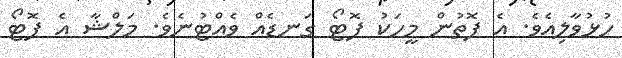
ހުޅުވާލިއެވެ. އެ ފޮތުން މީހަކު ފޮޓޯ ގަނޑެއް ވެއްޓުނެވެ. މަލްޝާ އެ ފޮޓޯ